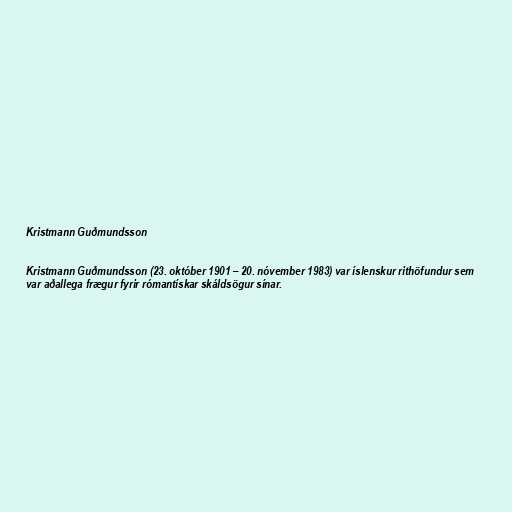
Kristmann Guðmundsson

Kristmann Guðmundsson (23. október 1901 – 20. nóvember 1983) var íslenskur rithöfundur sem
var aðallega frægur fyrir rómantískar skáldsögur sínar.